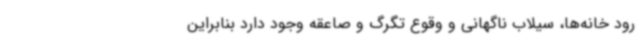
رود خانه‌ها، سیلاب ناگهانی و وقوع تگرگ و صاعقه وجود دارد بنابراین